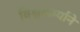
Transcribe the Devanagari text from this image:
विश्वकर्म्याने